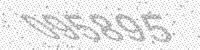
Solution: 095895